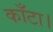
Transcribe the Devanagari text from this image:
काँटा।